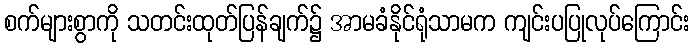
စက်များစွာကို သတင်းထုတ်ပြန်ချက်၌ အာမခံနိုင်ရုံသာမက ကျင်းပပြုလုပ်ကြောင်း